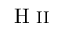
\textrm { H } \scriptstyle \mathrm { I I }